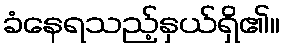
ခံနေရသည့်နှယ်ရှိ၏။